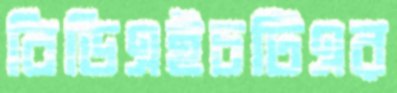
বিডিএইচটিএর